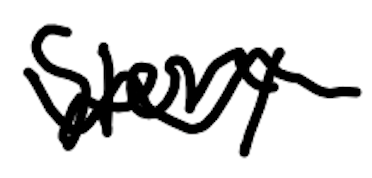
Text: story
Cross-out: wave
Writing tool: digital_black